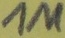
Text: 1M